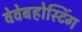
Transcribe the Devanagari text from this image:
वेवेबहोस्टिंग